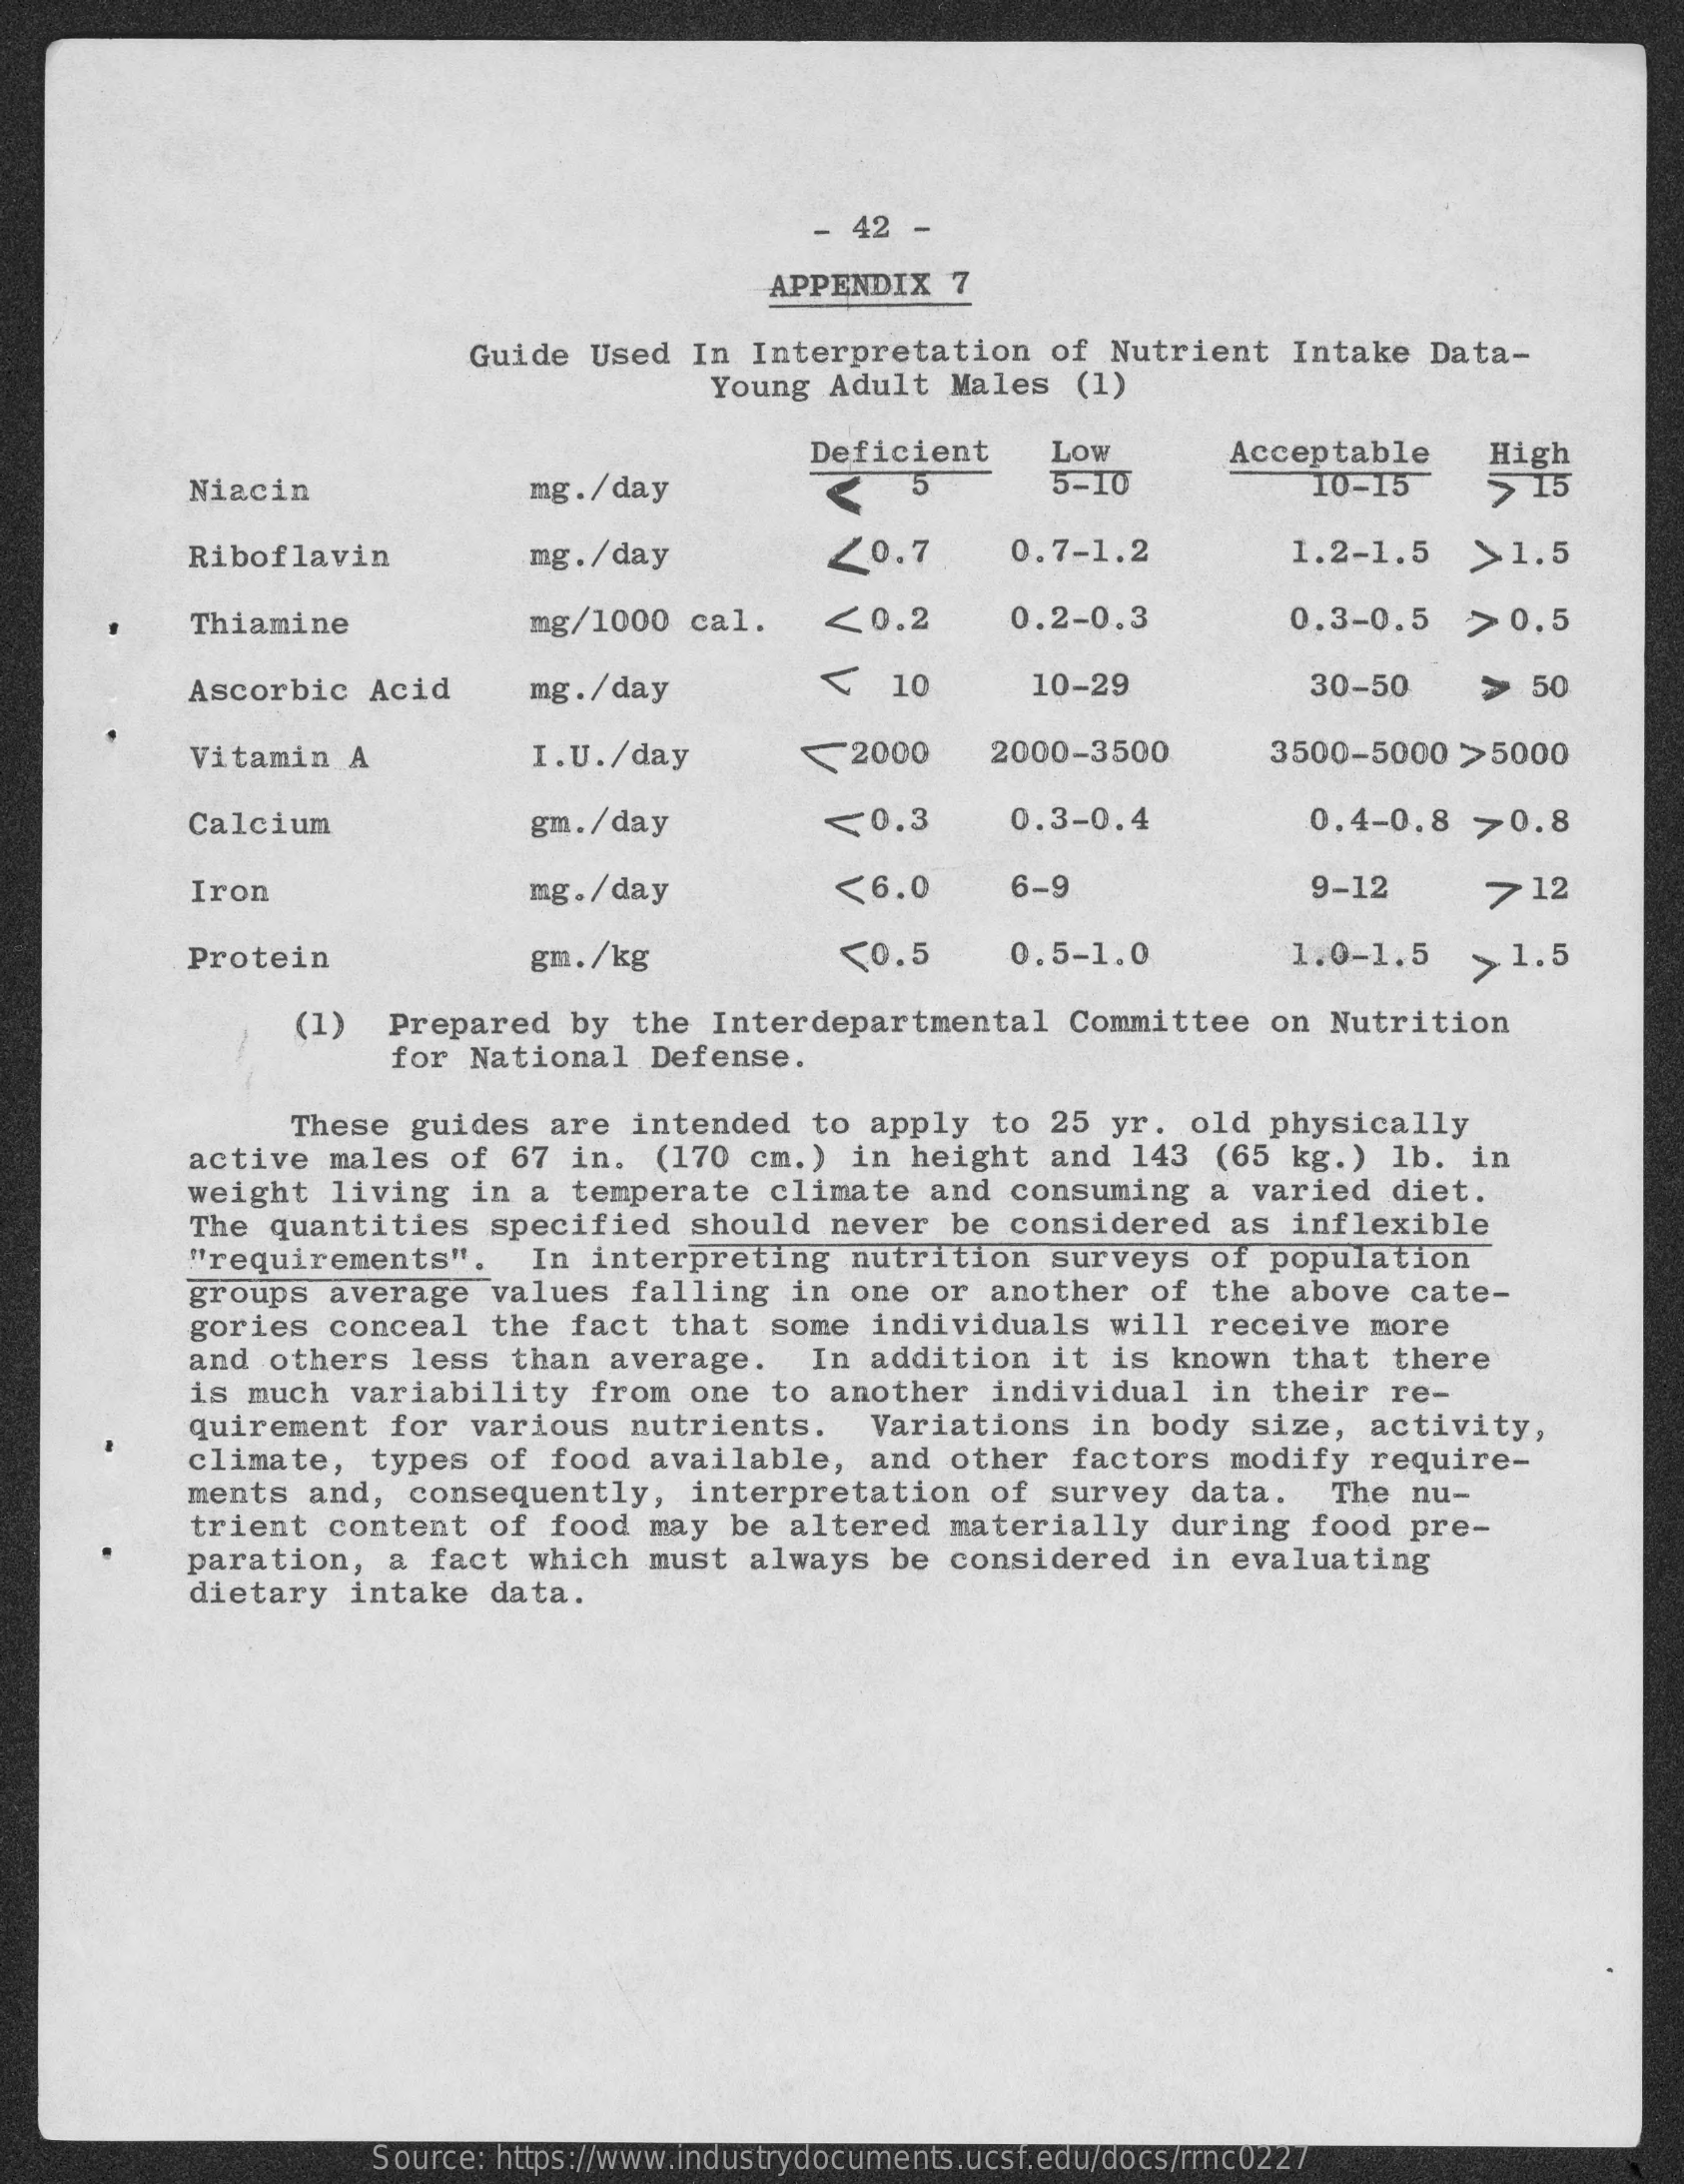
42  -
     APPENDIX   7
     Guide  Used   In Interpretation    of  Nutrient   Intake   Data-
     Young  Adult   Males   (1)
     Deficient    LOW
     Niacin    mg . /day    5    5-10
     Acceptable
     10-15
     High
     > 15
     Riboflavin    mg . /day    20.7    0.7-1.2    1.2-1.5    >1.5
     Thiamine    mg/1000  cal.    <0.2    0.2-0.3    0.3-0.5    >  0.5
     Ascorbic   Acid    mg . /day    ₹   10    10-29    30-50    >  50
     Vitamin   A    I.U./day    ₹  2000    2000-3500    3500-5000   > 5000
     Calcium    gm./day    <0.3    0.3-0.4    0.4-0.8   7 0.8
     Iron    mg. / day    <6.0    6-9    9-12    7 12
     Protein    gm. /kg    <0.5    0.5-1.0    1.0-1.5    >  1.5
     (1)   Prepared   by  the  Interdepartmental    Committee    on  Nutrition
     for National    Defense.
     These  guides   are  intended   to  apply   to 25  yr.  old  physically
     active   males  of  67  in.  (170  cm.)   in height   and  143   (65 kg.)   1b.  in
     weight   living   in a  temperate   climate    and  consuming   a  varied   diet.
     The  quantities    specified    should  never   be  considered   as  inflexible
     "requirements".    In  interpreting    nutrition   surveys   of  population
     groups   average   values   falling   in one   or another   of  the  above   cate-
     gories   conceal   the  fact  that  some   individuals    will  receive   more
     and  others   less  than  average.    In  addition   it  is  known  that   there
     is  much  variability    from  one   to another   individual    in  their   re-
     quirement   for   various   nutrients.    Variations    in body   size,  activity,
     climate,   types   of  food  available,    and  other  factors   modify   require-
     ments  and,   consequently,    interpretation    of  survey   data.    The  nu-
     trient   content   of  food  may  be  altered   materially    during   food  pre-
     paration,   a  fact  which   must  always   be  considered    in  evaluating
     dietary   intake   data.
     Source: https://www.industrydocuments.ucsf.edu/docs/rrnc0227